Lunatic asylums Punjab 1911-1921 - 1911-1921
Year: 1911
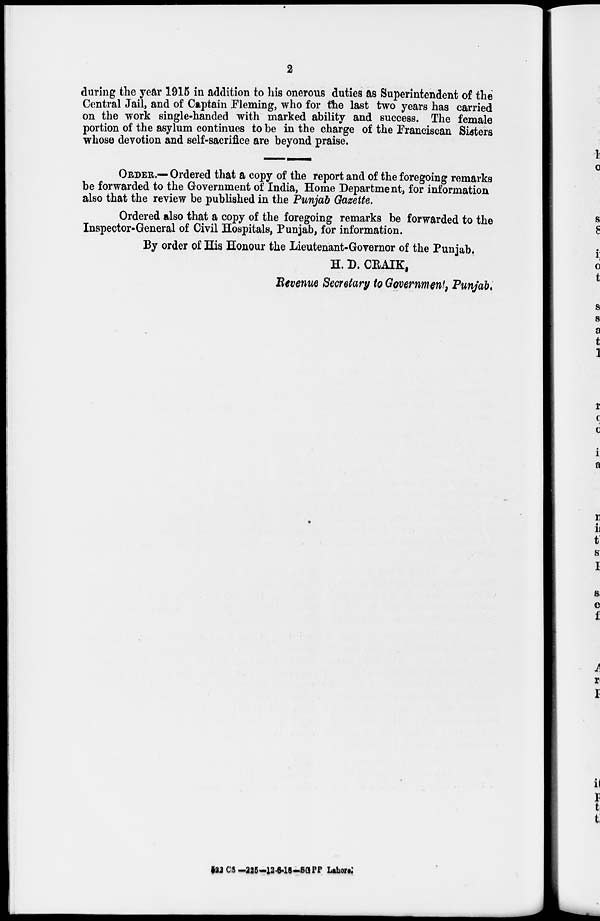
2
during the year 1915 in addition to his onerous duties as Superintendent of the
Central Jail, and of Captain Fleming, who for the last two years has carried
on the work single-handed with marked ability and success. The female
portion of the asylum continues to be in the charge of the Franciscan Sisters
whose devotion and self-sacrifice are beyond praise.
ORDER.— Ordered that a copy of the report and of the foregoing remarks
be forwarded to the Government of India, Home Department, for information
also that the review be published in the Punjab Gazette.
Ordered also that a copy of the foregoing remarks be forwarded to the
Inspector-General of Civil Hospitals, Punjab, for information.
By order of His Honour the Lieutenant-Governor of the Punjab.
H. D. CRAIK,
Revenue Secretary to Government, Punjab.
522 CS –225–12.6.18-SGPP Lahore.